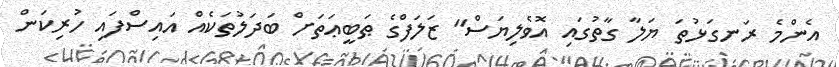
އެންމެ ރަނގަޅުތަ ޔަލާ ގާތުގައި އޮވެލިޔަސް" ޒަލަފްގެ ޠަބީޢަތަށް ބަދަލުތަކެއް އައިސްފައި ހުރިކަން